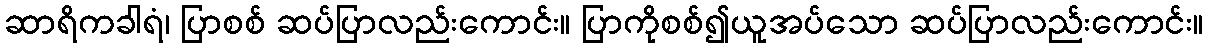
ဆာရိကခါရံ၊ ပြာစစ် ဆပ်ပြာလည်းကောင်း။ ပြာကိုစစ်၍ယူအပ်သော ဆပ်ပြာလည်းကောင်း။